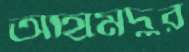
আহমেদুর